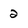
Character: 2